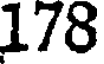
178